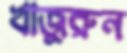
খাজুরুন